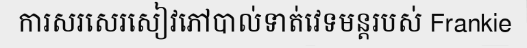
ការសរសេរសៀវភៅបាល់ទាត់វេទមន្តរបស់ Frankie